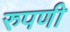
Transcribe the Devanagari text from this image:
रुपणी